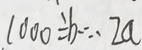
1 0 0 0 \div b \cdots 2 a